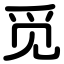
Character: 觅